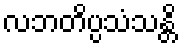
လဘတိပ္ပသံသန္တိ